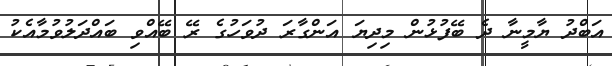
އަބްދު ޔާމީނާ ދެ ބޭފުޅުން މިދިޔަ އަންގާރަ ދުވަހުގެ ރޭ ބޭއްވި ބައްދަލުވުމާއެކު